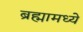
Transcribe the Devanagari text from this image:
ब्रह्मामध्ये